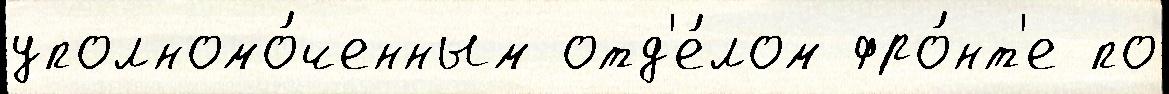
уполномо́ченным отд'е́лом фро́нт'е по